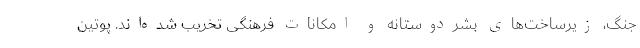
جنگ، زیرساخت‌های بشردوستانه و امکانات فرهنگی تخریب شده‌اند. پوتین